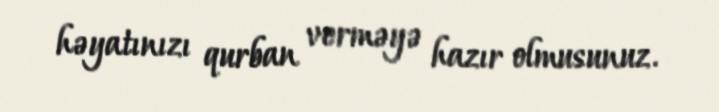
həyatınızı qurban verməyə hazır olmusunuz.